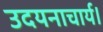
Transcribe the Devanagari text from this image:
उदयनाचार्य।